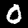
Label: 0